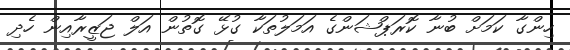
ހިންގާ ކަމަށް ބުނާ ކޮރަޕްޝަންގެ އަމަލުތަކާ ގުޅޭ ގޮތުން އަލް ޖަޒީރާއިން ހެދި